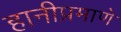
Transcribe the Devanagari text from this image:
हानीप्रमाणे